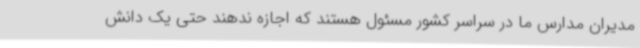
مدیران مدارس ما در سراسر کشور مسئول هستند که اجازه ندهند حتی یک دانش